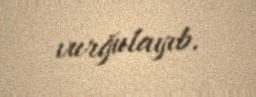
vurğulayıb.